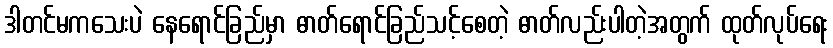
ဒါတင်မကသေးပဲ နေရောင်ခြည်မှာ ဓာတ်ရောင်ခြည်သင့်စေတဲ့ ဓာတ်လည်းပါတဲ့အတွက် ထုတ်လုပ်ရေး